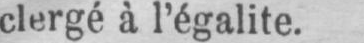
clergé à l’égalité.